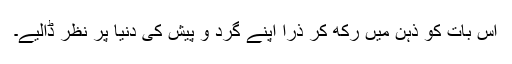
اس بات کو ذہن میں رکھ کر ذرا اپنے گرد و پیش کی دنیا پر نظر ڈالیے۔